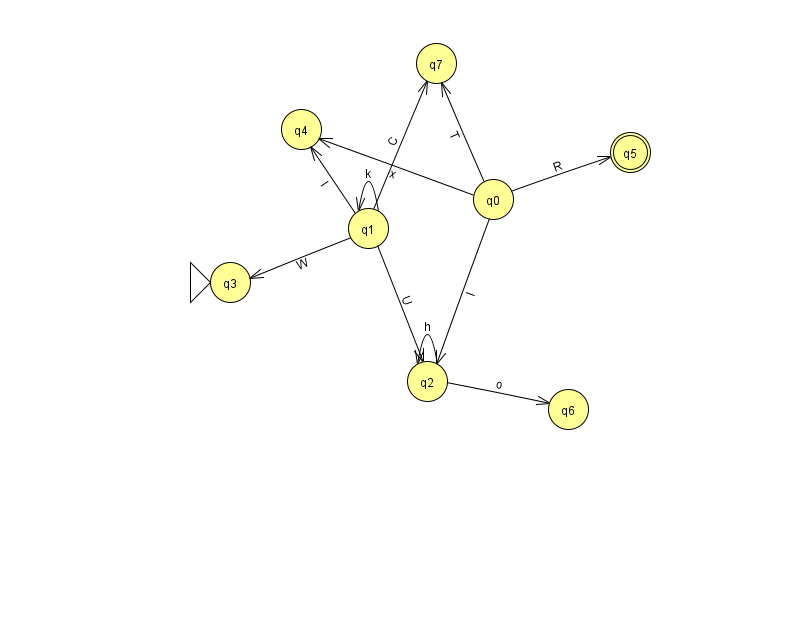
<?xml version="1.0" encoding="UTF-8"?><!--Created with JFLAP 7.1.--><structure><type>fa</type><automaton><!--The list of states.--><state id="0" name="q0"><x>493.0</x><y>186.0</y></state><state id="1" name="q1"><x>368.0</x><y>215.0</y></state><state id="2" name="q2"><x>427.0</x><y>368.0</y></state><state id="3" name="q3"><x>230.0</x><y>269.0</y><initial/></state><state id="4" name="q4"><x>301.0</x><y>116.0</y></state><state id="5" name="q5"><x>630.0</x><y>139.0</y><final/></state><state id="6" name="q6"><x>568.0</x><y>396.0</y></state><state id="7" name="q7"><x>436.0</x><y>50.0</y></state><!--The list of transitions.--><transition><from>0</from><to>2</to><read>I</read></transition><transition><from>0</from><to>4</to><read>x</read></transition><transition><from>0</from><to>5</to><read>R</read></transition><transition><from>1</from><to>4</to><read>l</read></transition><transition><from>2</from><to>6</to><read>o</read></transition><transition><from>2</from><to>2</to><read>h</read></transition><transition><from>0</from><to>7</to><read>T</read></transition><transition><from>1</from><to>1</to><read>k</read></transition><transition><from>1</from><to>2</to><read>U</read></transition><transition><from>1</from><to>7</to><read>C</read></transition><transition><from>1</from><to>3</to><read>W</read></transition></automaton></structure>